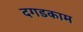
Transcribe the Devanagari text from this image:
दगडकाम